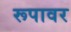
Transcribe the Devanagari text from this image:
रूपावर